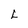
Character: L